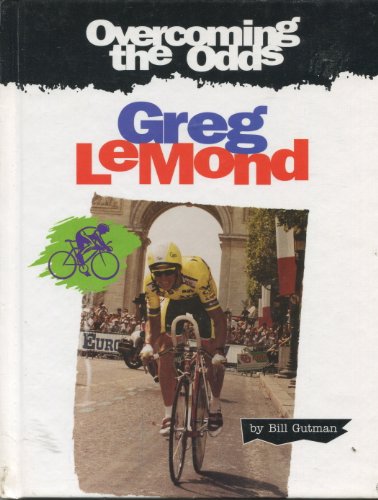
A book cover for Greg LeMond (Overcoming the Odds); Bill Gutman; Children's Books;